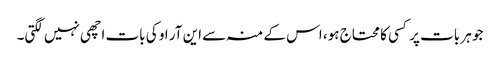
جو ہر بات پر کسی کا محتاج ہو، اس کے منہ سے این آر او کی بات اچھی نہیں لگتی۔